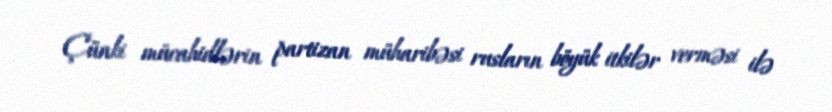
Çünki mücahidlərin partizan müharibəsi rusların böyük itkilər verməsi ilə